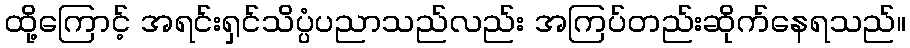
ထို့ကြောင့် အရင်းရှင်သိပ္ပံပညာသည်လည်း အကြပ်တည်းဆိုက်နေရသည်။